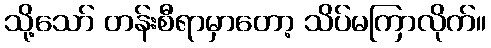
သို့သော် တန်းစီရာမှာတော့ သိပ်မကြာလိုက်။